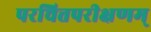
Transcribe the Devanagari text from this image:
परचित्तपरीक्षणम्‌